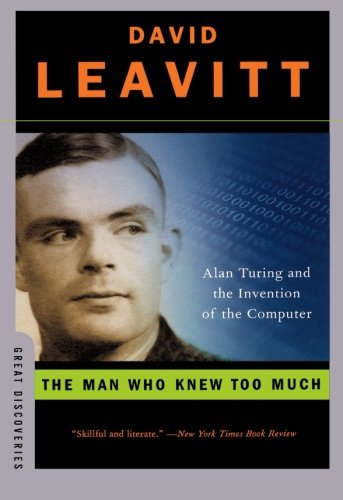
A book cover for The Man Who Knew Too Much: Alan Turing and the Invention of the Computer (Great Discoveries); David Leavitt; Computers & Technology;